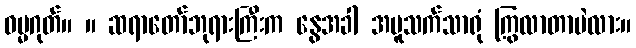
ဓမ္မဂုတ်။ ။ ဆရာတော်ဘုရားကြီးက နွေအခါ အပူသက်သာရုံ ကြွလာတာပဲလား။